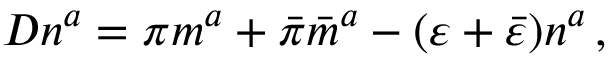
D n ^ { a } = \pi m ^ { a } + { \bar { \pi } } { \bar { m } } ^ { a } - ( \varepsilon + { \bar { \varepsilon } } ) n ^ { a } \, ,